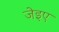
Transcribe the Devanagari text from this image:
जेइए